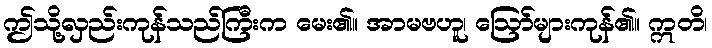
ဤသို့လှည်းကုန်သည်ကြီးက မေး၏။ အာမဗဟူ၊ ဩော်များကုန်၏။ ဣတိ၊